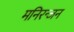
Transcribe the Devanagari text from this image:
मनिरन्जन